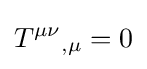
T^{\mu \nu }{}_{,\mu }=0